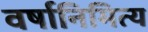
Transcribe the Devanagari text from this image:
वर्षानिमित्‍य